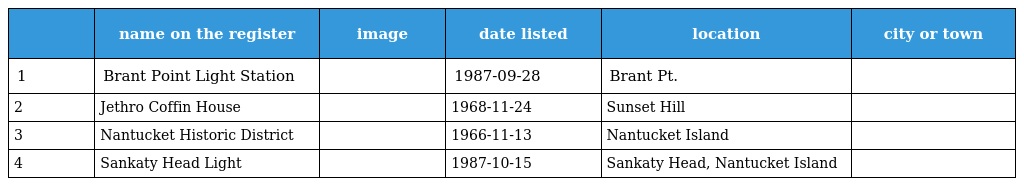
|  | name on the register | image | date listed | location | city or town |
 | --- | --- | --- | --- | --- | --- |
 | 1 | Brant Point Light Station |  | 1987-09-28 | Brant Pt. |  |
 | 2 | Jethro Coffin House |  | 1968-11-24 | Sunset Hill |  |
 | 3 | Nantucket Historic District |  | 1966-11-13 | Nantucket Island |  |
 | 4 | Sankaty Head Light |  | 1987-10-15 | Sankaty Head, Nantucket Island |  |